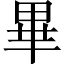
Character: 畢